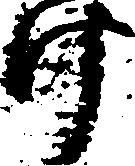
け